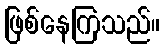
ဖြစ်နေကြသည်။